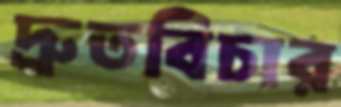
দ্রুতবিচার